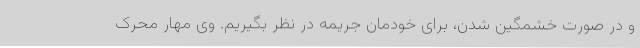
و در صورت خشمگین شدن، برای خودمان جریمه در نظر بگیریم. وی مهار محرک